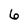
Character: 6